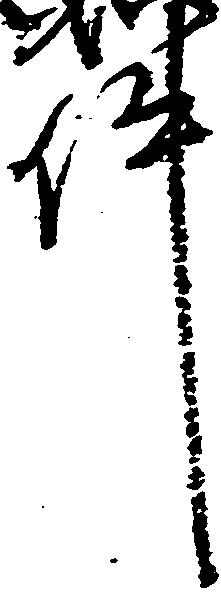
件